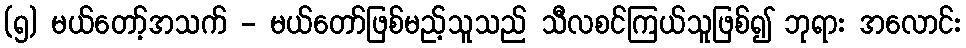
(၅) မယ်တော့်အသက် - မယ်တော်ဖြစ်မည့်သူသည် သီလစင်ကြယ်သူဖြစ်၍ ဘုရား အလောင်း